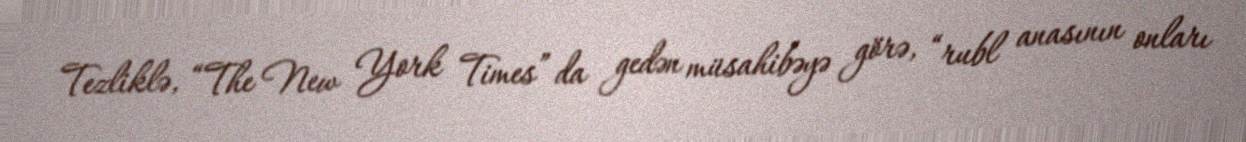
Tezliklə, “The New York Times” da gedən müsahibəyə görə, “rubl anasının onları